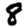
Digit: 8